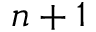
n + 1